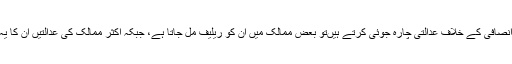
مسلمان خواتین اور معاشرے اس ظلم و ناانصافی کے خلاف عدالتی چارہ جوئی کرتے ہیںتو بعض ممالک میں ان کو ریلیف مل جاتا ہے، جبکہ اکثر ممالک کی عدالتیں ان کا یہ حق تسلیم کرنے سے انکار کر دیتی ہیں۔